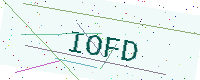
Text: IOFD